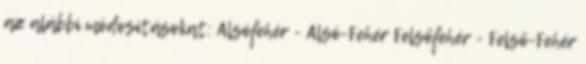
az alábbi módosításokat: Alsófehér - Alsó-Fehér Felsőfehér - Felső-Fehér